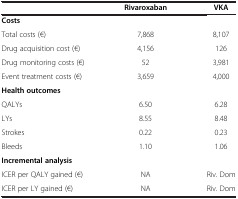
<table><thead><tr><td><b> </b></td><td><b>Rivaroxaban</b></td><td><b>VKA</b></td></tr></thead><tbody><tr><td colspan="3"><b>Costs</b></td></tr><tr><td>Total costs (€)</td><td>7,868</td><td>8,107</td></tr><tr><td>Drug acquisition cost (€)</td><td>4,156</td><td>126</td></tr><tr><td>Drug monitoring costs (€)</td><td>52</td><td>3,981</td></tr><tr><td>Event treatment costs (€)</td><td>3,659</td><td>4,000</td></tr><tr><td colspan="3"><b>Health outcomes</b></td></tr><tr><td>QALYs</td><td>6.50</td><td>6.28</td></tr><tr><td>LYs</td><td>8.55</td><td>8.48</td></tr><tr><td>Strokes</td><td>0.22</td><td>0.23</td></tr><tr><td>Bleeds</td><td>1.10</td><td>1.06</td></tr><tr><td colspan="3"><b>Incremental analysis</b></td></tr><tr><td>ICER per QALY gained (€)</td><td>NA</td><td>Riv. Dom</td></tr><tr><td>ICER per LY gained (€)</td><td>NA</td><td>Riv. Dom</td></tr></tbody></table>